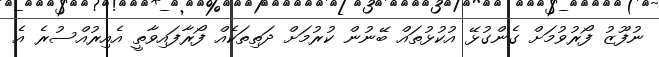
ނުފޫޒު ފޯރުވުމަށް ގެންގުޅޭ އުކުޅުތައް ބޭނުން ކުރުމަށް ދަތިތަކެއް ފޯރާފައިވާތީ އެއިރުއްސުރެ އެ